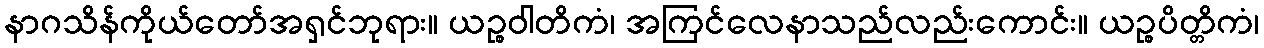
နာဂသိန်ကိုယ်တော်အရှင်ဘုရား။ ယဉ္စဝါတိကံ၊ အကြင်လေနာသည်လည်းကောင်း။ ယဉ္စပိတ္တိကံ၊